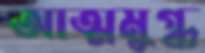
আত্মমুগ্ধ